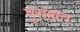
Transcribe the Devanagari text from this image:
मुसल्लत